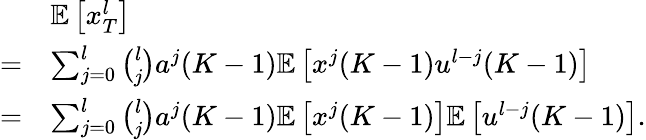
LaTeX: \begin{array}{rl}&{\mathbb{E}\left[x_{T}^{l}\right]}\\ {=}&{\sum_{j=0}^{l}\binom{l}{j}a^{j}(K-1)\mathbb{E}\left[x^{j}(K-1)u^{l-j}(K-1)\right]}\\ {=}&{\sum_{j=0}^{l}\binom{l}{j}a^{j}(K-1)\mathbb{E}\left[x^{j}(K-1)\right]\mathbb{E}\left[u^{l-j}(K-1)\right].}\end{array}